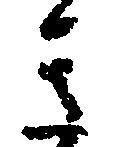
き